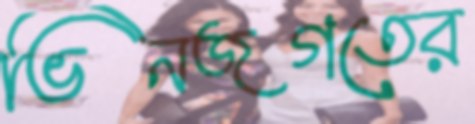
ভিনজগতের